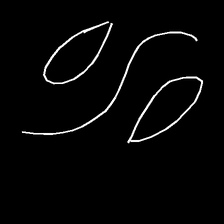
Glyph: water